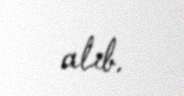
alıb.